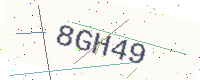
Text: 8GH49